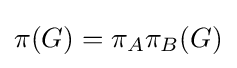
\pi (G)=\pi _{A}\pi _{B}(G)